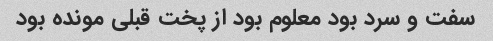
سفت و سرد بود معلوم بود از پخت قبلی مونده بود